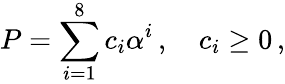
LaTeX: P=\sum_{i=1}^{8}c_{i}\alpha^{i}\, ,\quad c_{i}\ge 0\, ,